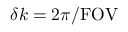
\delta k = 2 \pi / \mathrm { F O V }